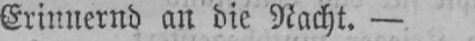
Erinnernd an die Nacht. -